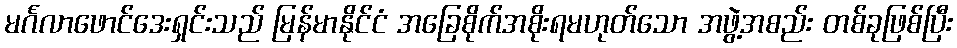
မင်္ဂလာဖောင်ဒေးရှင်းသည် မြန်မာနိုင်ငံ အခြေစိုက်အစိုးရမဟုတ်သော အဖွဲ့အစည်း တစ်ခုဖြစ်ပြီး